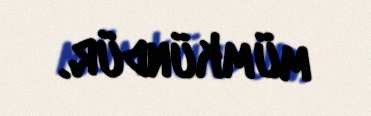
mümkündür.